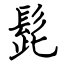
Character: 髭